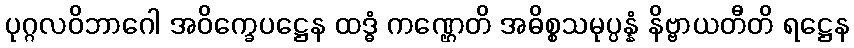
ပုဂ္ဂလဝိဘာဂေါ အဝိက္ခေပဋ္ဌေန ထဒ္ဓံ ကဏ္ဌေတိ အဓိစ္စသမုပ္ပန္နံ နိဗ္ဗာယတီတိ ရဋ္ဌေန